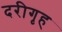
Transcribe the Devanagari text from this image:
दरीगृह